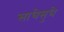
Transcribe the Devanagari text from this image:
साधेसुधे